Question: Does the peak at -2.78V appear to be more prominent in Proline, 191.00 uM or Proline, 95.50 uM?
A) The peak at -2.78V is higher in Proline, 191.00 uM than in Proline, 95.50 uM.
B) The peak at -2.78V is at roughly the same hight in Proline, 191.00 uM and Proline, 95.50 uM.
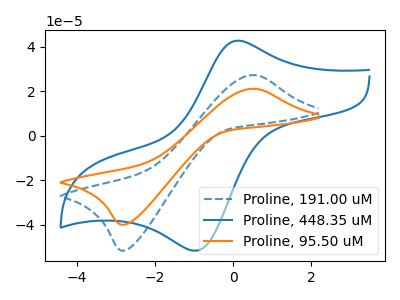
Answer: <think>The blue dashed curve "Proline, 191.00 uM" has an anodic peak at (0.50V, 27.20uA) and a cathodic peak at (-2.80V, -51.60uA). The blue curve "Proline, 448.35 uM" has an anodic peak at (0.10V, 42.70uA) and a cathodic peak at (-0.95V, -51.60uA). The orange curve "Proline, 95.50 uM" has an anodic peak at (0.50V, 21.05uA) and a cathodic peak at (-2.80V, -39.95uA).</think>
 <answer>A) The peak at -2.78V is higher in "Proline, 191.00 uM" than in "Proline, 95.50 uM".</answer>
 <eval>A</eval>